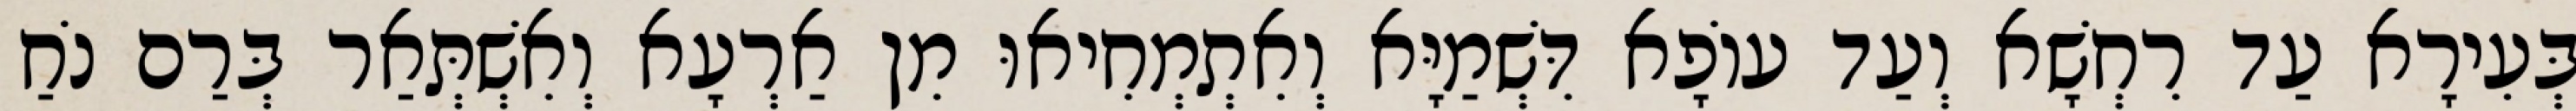
בְּעִירָא עַד רִחְשָׁא וְעַד עוֹפָא דִּשְׁמַיָּא וְאִתְמְחִיאוּ מִן אַרְעָא וְאִשְׁתְּאַר בְּרַם נֹחַ